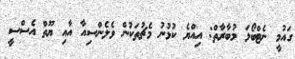
ގައުމީ ނެޓްބޯޅަ މުބާރާތް: އިއްޔެ ކުޅުނު މެޗުތަކުން ވެލެންސިއާ އާއި ޔޫތް އެސްސީ